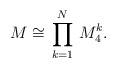
LaTeX: \begin{align*}M\cong \,\prod^N_{k=1}\, M^k_4.\end{align*}